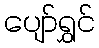
ပျော်ရွှင်